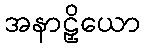
အနာဠှိယော